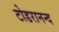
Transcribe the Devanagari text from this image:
टोडरानन्द